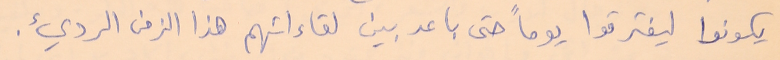
يكونوا ليفترقوا يوماً حتى باعد بين لقاءاتهم هذا الزمن الرديء.